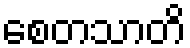
စေတသာတိ